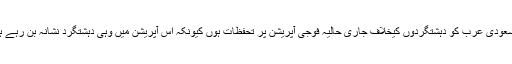
ایک دوسرے ماہر تجزیہ کار کے مطابق ہوسکتا ہے کہ سعودی عرب کو دہشتگردوں کیخلاف جاری حالیہ فوجی آپریشن پر تحفظات ہوں کیونکہ اس آپریشن میں وہی دہشتگرد نشانہ بن رہے ہیں جنہیں کسی نہ کسی انداز میں سعودی امداد حاصل ہے۔